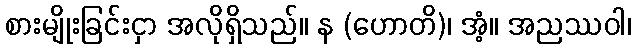
စားမျိုးခြင်းငှာ အလိုရှိသည်။ န (ဟောတိ)၊ အံ့။ အညဿဝါ၊